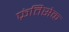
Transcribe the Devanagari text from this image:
फ्रंतिसेक